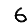
Digit: 6